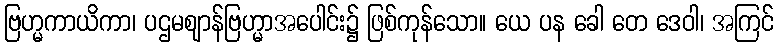
ဗြဟ္မကာယိကာ၊ ပဌမဈာန်ဗြဟ္မာအပေါင်း၌ ဖြစ်ကုန်သော။ ယေ ပန ခေါ တေ ဒေဝါ၊ အကြင်